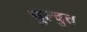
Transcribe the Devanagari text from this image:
चुल्चुत्त